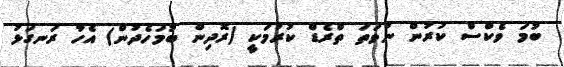
ބުމަ ވެކްސް ކުރުން ނުވަތަ ތްރެޑް ކުރުމަކީ (ރޮދިން ބުމަހެދުން) އެހާ ރަނގަޅު